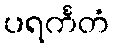
ပရင်္ကတံ